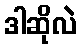
ဒါဆိုလဲ